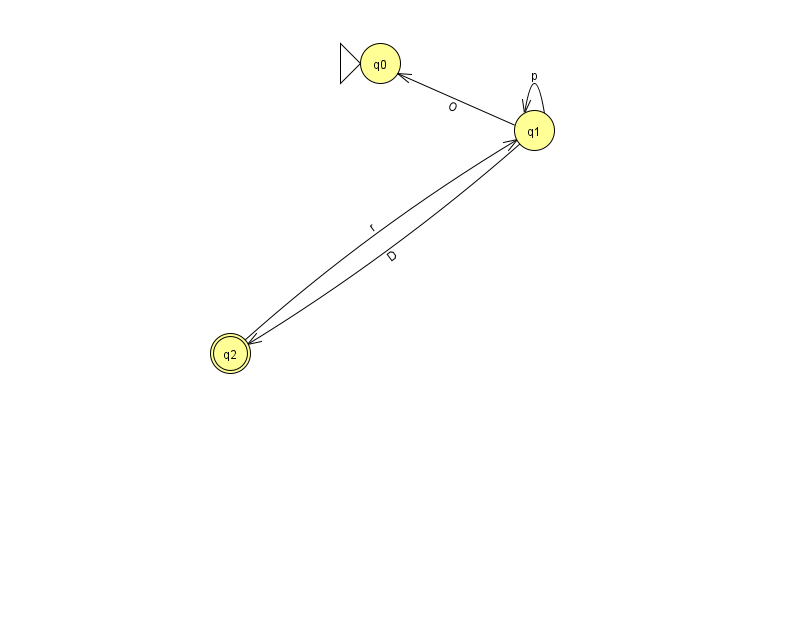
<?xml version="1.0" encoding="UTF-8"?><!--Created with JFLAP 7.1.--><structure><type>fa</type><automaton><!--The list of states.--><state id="0" name="q0"><x>380.0</x><y>50.0</y><initial/></state><state id="1" name="q1"><x>534.0</x><y>117.0</y></state><state id="2" name="q2"><x>230.0</x><y>340.0</y><final/></state><!--The list of transitions.--><transition><from>1</from><to>1</to><read>p</read></transition><transition><from>1</from><to>2</to><read>D</read></transition><transition><from>2</from><to>1</to><read>r</read></transition><transition><from>1</from><to>0</to><read>O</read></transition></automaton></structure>